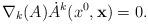
LaTeX: \begin{align*}\nabla_{k}(A)\dot{A}^{k}(x^{0}, {\bf x}) = 0.\end{align*}